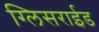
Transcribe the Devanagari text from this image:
ग्लिसराईड